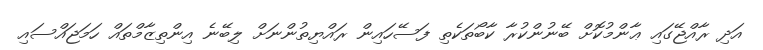
އަދި ރާއްޖޭގައި ޢާންމުކޮށް ބޭނުންކުރާ ކާބޯތަކެތި ފަސޭހައިން ރައްޔިތުންނަށް ލިބޭނެ އިންތިޒާމްތައް ހަމަޖައްސައި